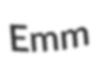
Emm